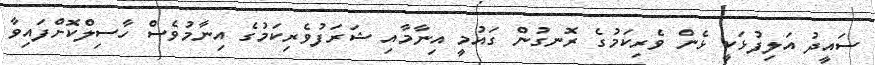
ސައީދު އަލިފުޅަކީ ޅެން ވެރިކަމުގެ ރޮނގުން ގައުމީ އިނާމާއި ޝަރަފުވެރިކަމުގެ އިނާމުވެސް ހާސިލްކޮށްފައިވާ